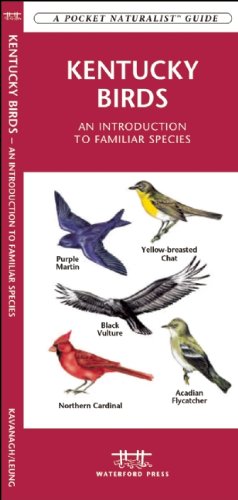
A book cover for Kentucky Birds: A Folding Pocket Guide to Familiar Species (Pocket Naturalist Guide Series); James Kavanagh; Travel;